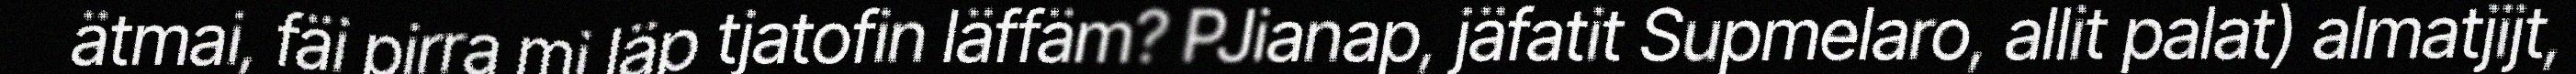
ätmai, fäi pirra mi läp tjatofin läffäm? PJianap, jäfatit Supmelaro, allit palat) almatjijt,